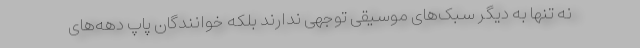
نه تنها به دیگر سبک‌های موسیقی توجهی ندارند بلکه خوانندگان پاپ دهه‌های